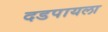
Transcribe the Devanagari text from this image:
दडपायला